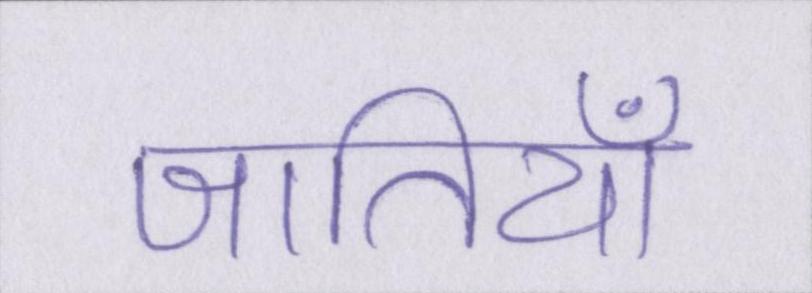
जातियाँ